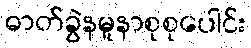
ဓာတ်ခွဲနမူနာစုစုပေါင်း